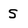
Character: S